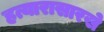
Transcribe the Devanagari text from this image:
हत्यारासारखे